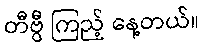
တီဗွီ ကြည့် နေ့တယ်။